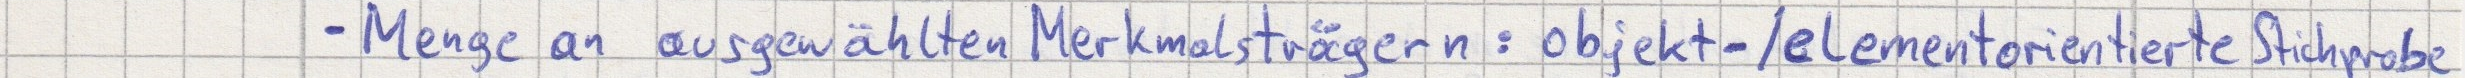
- Menge an ausgewählten Merkmalsträgern: objekt-/elementorientierte Stichprobe